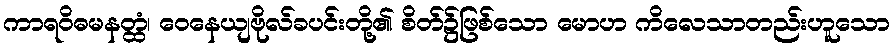
ကာရဝိဓမနတ္ထံ၊ ဝေနေယျဗိုလ်ခပင်းတို့၏ စိတ်၌ဖြစ်သော မောဟ ကိလေသာတည်းဟူသော